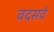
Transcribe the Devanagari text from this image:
वदसवें